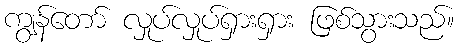
ကျွန်တော် လှုပ်လှုပ်ရှားရှား ဖြစ်သွားသည်။